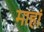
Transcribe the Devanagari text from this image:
माहां